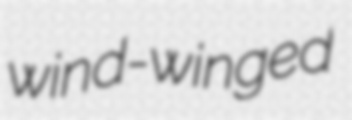
wind-winged